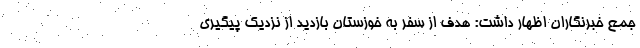
جمع خبرنگاران اظهار داشت: هدف از سفر به خوزستان بازدید از نزدیک پیگیری